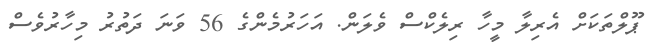
ޕޫލްތަކަށް އެރިލާ މީހާ ރިލެކްސް ވެލަން. އަހަރުމެންގެ 56 ވަނަ ދަތުރު މިހާރުވެސް